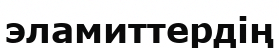
эламиттердің